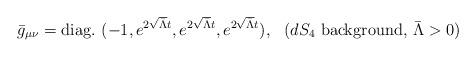
LaTeX: \begin{align*}\bar g_{\mu\nu}={\rm diag.\ }(-1, e^{2\sqrt{\bar\Lambda}t},e^{2\sqrt{\bar\Lambda}t},e^{2\sqrt{\bar\Lambda}t}),\ \ \mbox{($dS_4$ background, $\bar\Lambda>0$)}\end{align*}